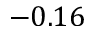
- 0 . 1 6